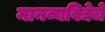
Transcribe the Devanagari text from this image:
मानव्यविद्येचे